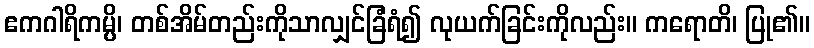
ဧကဂါရိကမ္ပိ၊ တစ်အိမ်တည်းကိုသာလျှင်ခြံရံ၍ လုယက်ခြင်းကိုလည်း။ ကရောတိ၊ ပြု၏။